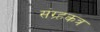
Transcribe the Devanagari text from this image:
संग्र्हकत्र